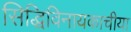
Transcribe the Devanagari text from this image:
सिद्धिविनायकाचीया